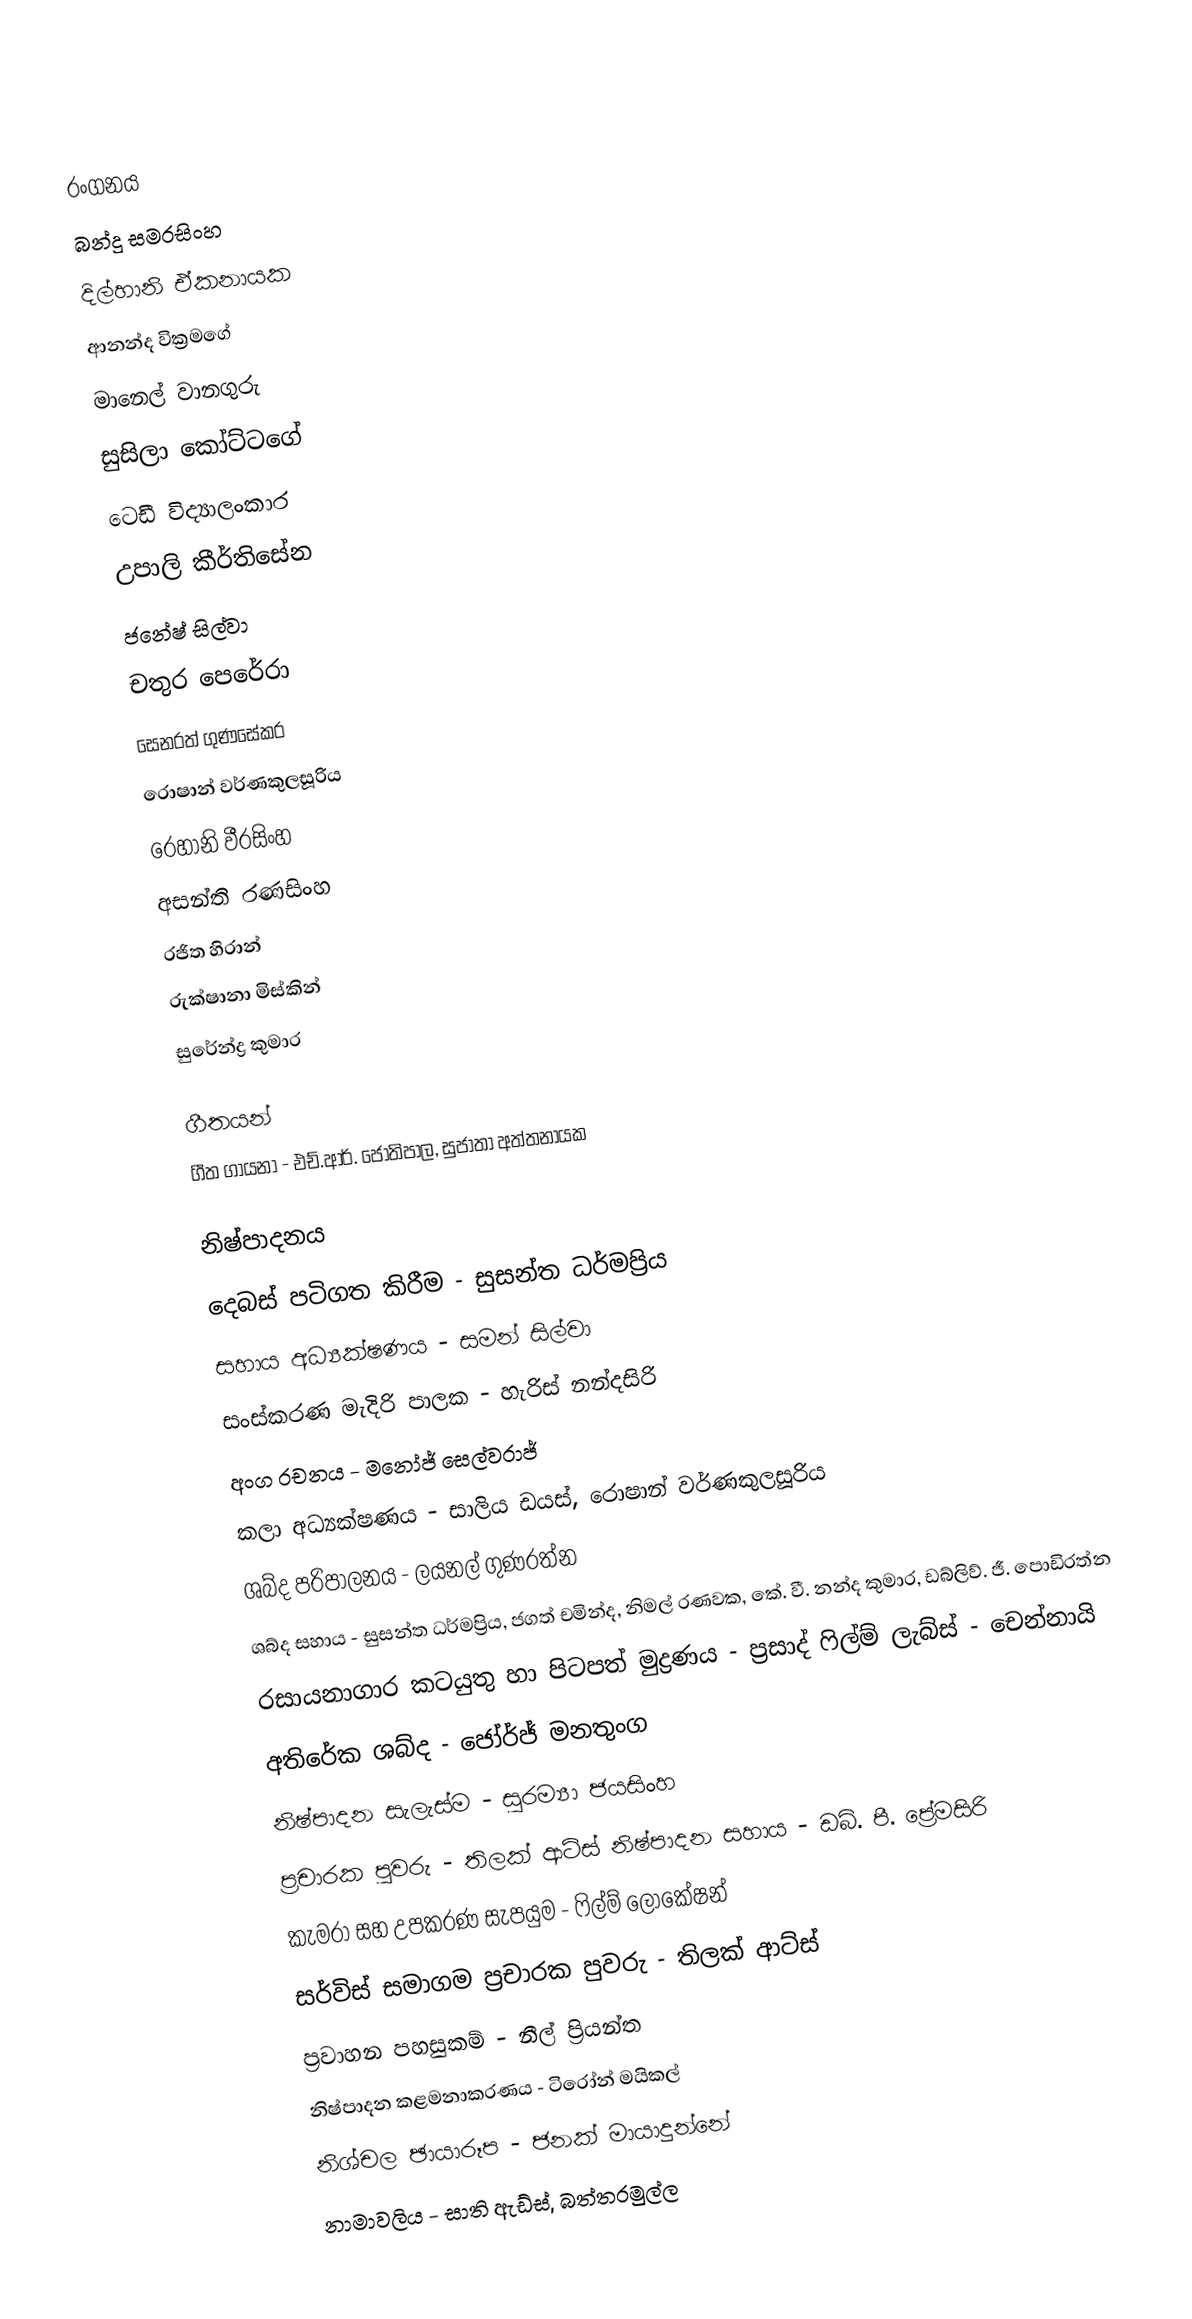

රංගනය
බන්දු සමරසිංහ
දිල්හානි ඒකනායක
ආනන්ද වික්‍රමගේ
මානෙල් වානගුරු
සුසිලා කෝට්ටගේ
ටෙඩී විද්‍යාලංකාර
උපාලි කීර්තිසේන
ජනේෂ් සිල්වා
චතුර පෙරේරා
සෙනරත් ගුණසේකර
රොෂාන් වර්ණකුලසූරිය
රෙහානි වීරසිංහ
අසන්ති රණසිංහ
රජිත හිරාන්
රුක්ෂානා මිස්කින්
සුරේන්ද්‍ර කුමාර

ගීතයන්
ගීත ගායනා - එච්.ආර්. ජෝතිපාල, සුජාතා අත්තනායක

නිෂ්පාදනය
දෙබස් පටිගත කිරීම - සුසන්ත ධර්මප්‍රිය
සහාය අධ්‍යක්ෂණය - සමන් සිල්වා
සංස්කරණ මැදිරි පාලක - හැරිස් නන්දසිරි
අංග රචනය - මනෝජ් සෙල්වරාජ්
කලා අධ්‍යක්ෂණය - සාලිය ඩයස්, රොෂාන් වර්ණකුලසූරිය
ශබ්ද පරිපාලනය - ලයනල් ගුණරත්න
ශබ්ද සහාය - සුසන්ත ධර්මප්‍රිය, ජගත් චමින්ද, නිමල් රණවක, කේ. වී. නන්ද කුමාර, ඩබ්ලිව්. ජී. පොඩිරත්න
රසායනාගාර කටයුතු හා පිටපත් මුද්‍රණය - ප්‍රසාද් ෆිල්ම් ලැබ්ස් - චෙන්නායි
අතිරේක ශබ්ද - ජෝර්ජ් මනතුංග
නිෂ්පාදන සැලැස්ම - සුරම්‍යා ජයසිංහ
ප්‍රචාරක පුවරු - තිලක් ආට්ස් නිෂ්පාදන සහාය - ඩබ්. පී. ප්‍රේමසිරි
කැමරා සහ උපකරණ සැපයුම - ෆිල්ම් ලොකේෂන්
සර්විස් සමාගම ප්‍රචාරක පුවරු - තිලක් ආට්ස්
ප්‍රවාහන පහසුකම් - නීල් ප්‍රියන්ත
නිෂ්පාදන කළමනාකරණය - ටිරෝන් මයිකල්
නිශ්චල ඡායාරූප - ජනක් මායාදුන්නේ
නාමාවලිය - සාති ඇඩ්ස්, බත්තරමුල්ල